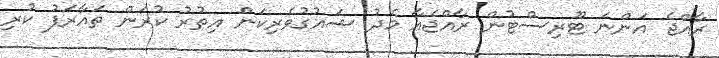
ރާއްޖެ އަންނަ ޓޫރިސްޓުން ރާއްޖެއާ މެދު ޝައުގުވެރިކަން އިތުރު ކުރަން ތައާރަފު ކުރި